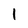
Character: i